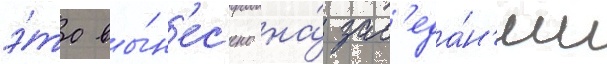
э́то вы́н'ес'ено на́ зас'еда́н'ии